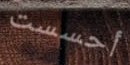
أحسست